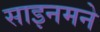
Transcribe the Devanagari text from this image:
साइनमने